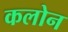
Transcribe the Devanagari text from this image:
कलोन